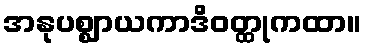
အနုပစ္ဈာယကာဒိဝတ္ထုကထာ။